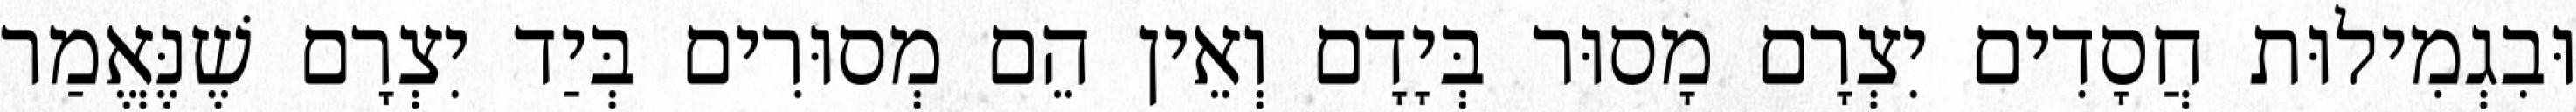
וּבִגְמִילוּת חֲסָדִים יִצְרָם מָסוּר בְּיָדָם וְאֵין הֵם מְסוּרִים בְּיַד יִצְרָם שֶׁנֶּאֱמַר